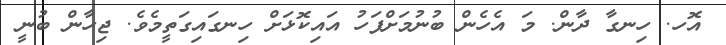
އޮހ. ހިނގާ ދާން. މަ އެހެން ބުނުމަށްފަހު އައިކޮޅަށް ހިނގައިގަތީމެވެ. ޖިހާން ބުނީ